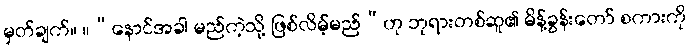
မှတ်ချက်။ ။”နောင်အခါ မည်ကဲ့သို့ ဖြစ်လိမ့်မည်”ဟု ဘုရားတစ်ဆူ၏ မိန့်ခွန်းတော် စကားကို